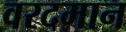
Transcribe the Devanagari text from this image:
वरदमान